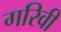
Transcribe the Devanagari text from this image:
गरिवी